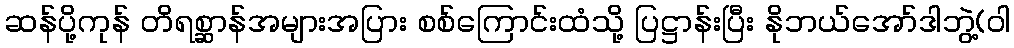
ဆန်ပို့ကုန် တိရစ္ဆာန်အများအပြား စစ်ကြောင်းထံသို့ ပြဋ္ဌာန်းပြီး နိုဘယ်အော်ဒါဘွဲ့(ဝါ